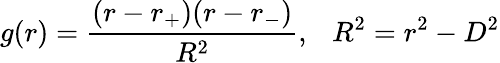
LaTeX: g(r)={\frac{(r-r_{+})(r-r_{-})}{R^{2}}},\ \ \ R^{2}=r^{2}-D^{2}